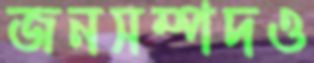
জনসম্পদও